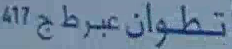
تطوان عبرط ج417